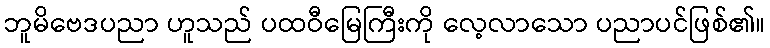
ဘူမိဗေဒပညာ ဟူသည် ပထဝီမြေကြီးကို လေ့လာသော ပညာပင်ဖြစ်၏။